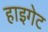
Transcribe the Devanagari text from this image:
हाइगेट